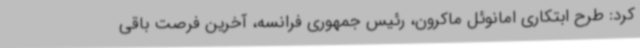
کرد: طرح ابتکاری امانوئل ماکرون، رئیس جمهوری فرانسه، آخرین فرصت باقی